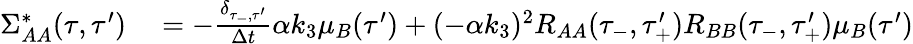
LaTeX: \begin{array}{rl}{\Sigma_{AA}^{*}(\tau,\tau^{\prime})}&{{}=-\frac{\delta_{\tau_{-},\tau^{\prime}}}{\Delta t}\alpha k_{3}\mu_{B}(\tau^{\prime})+(-\alpha k_{3})^{2}R_{AA}(\tau_{-},\tau_{+}^{\prime})R_{BB}(\tau_{-},\tau_{+}^{\prime})\mu_{B}(\tau^{\prime})}\end{array}